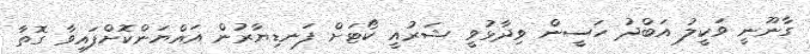
ގާނޫނީ ވަކީލު އަބްދު ހަސީން ވިދާޅުވީ ޝަރުއީ ކޯޓަށް ފަނޑިޔާރުން އައްޔަންކޮށްފައިވާ ގޮތާ